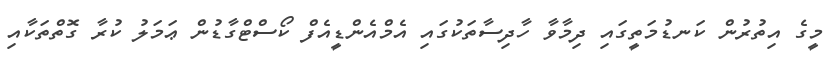
މީގެ އިތުރުން ކަނޑުމަތީގައި ދިމާވާ ހާދިސާތަކުގައި އެމްއެންޑީއެފް ކޯސްޓްގާޑުން ޢަމަލު ކުރާ ގޮތްތަކާއި